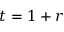
t = 1 + r